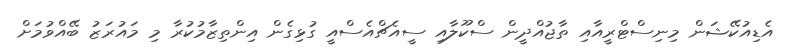
އެޑިއުކޭޝަން މިނިސްޓްރީއާއި ތާޖުއްދީން ސްކޫލާއި ސީއެޗްއެސްއީ ގުޅިގެން އިންތިޒާމުކުރާ މި މައުރަޒު ބޭއްވުމަށް